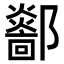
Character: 𨟏